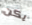
يكن